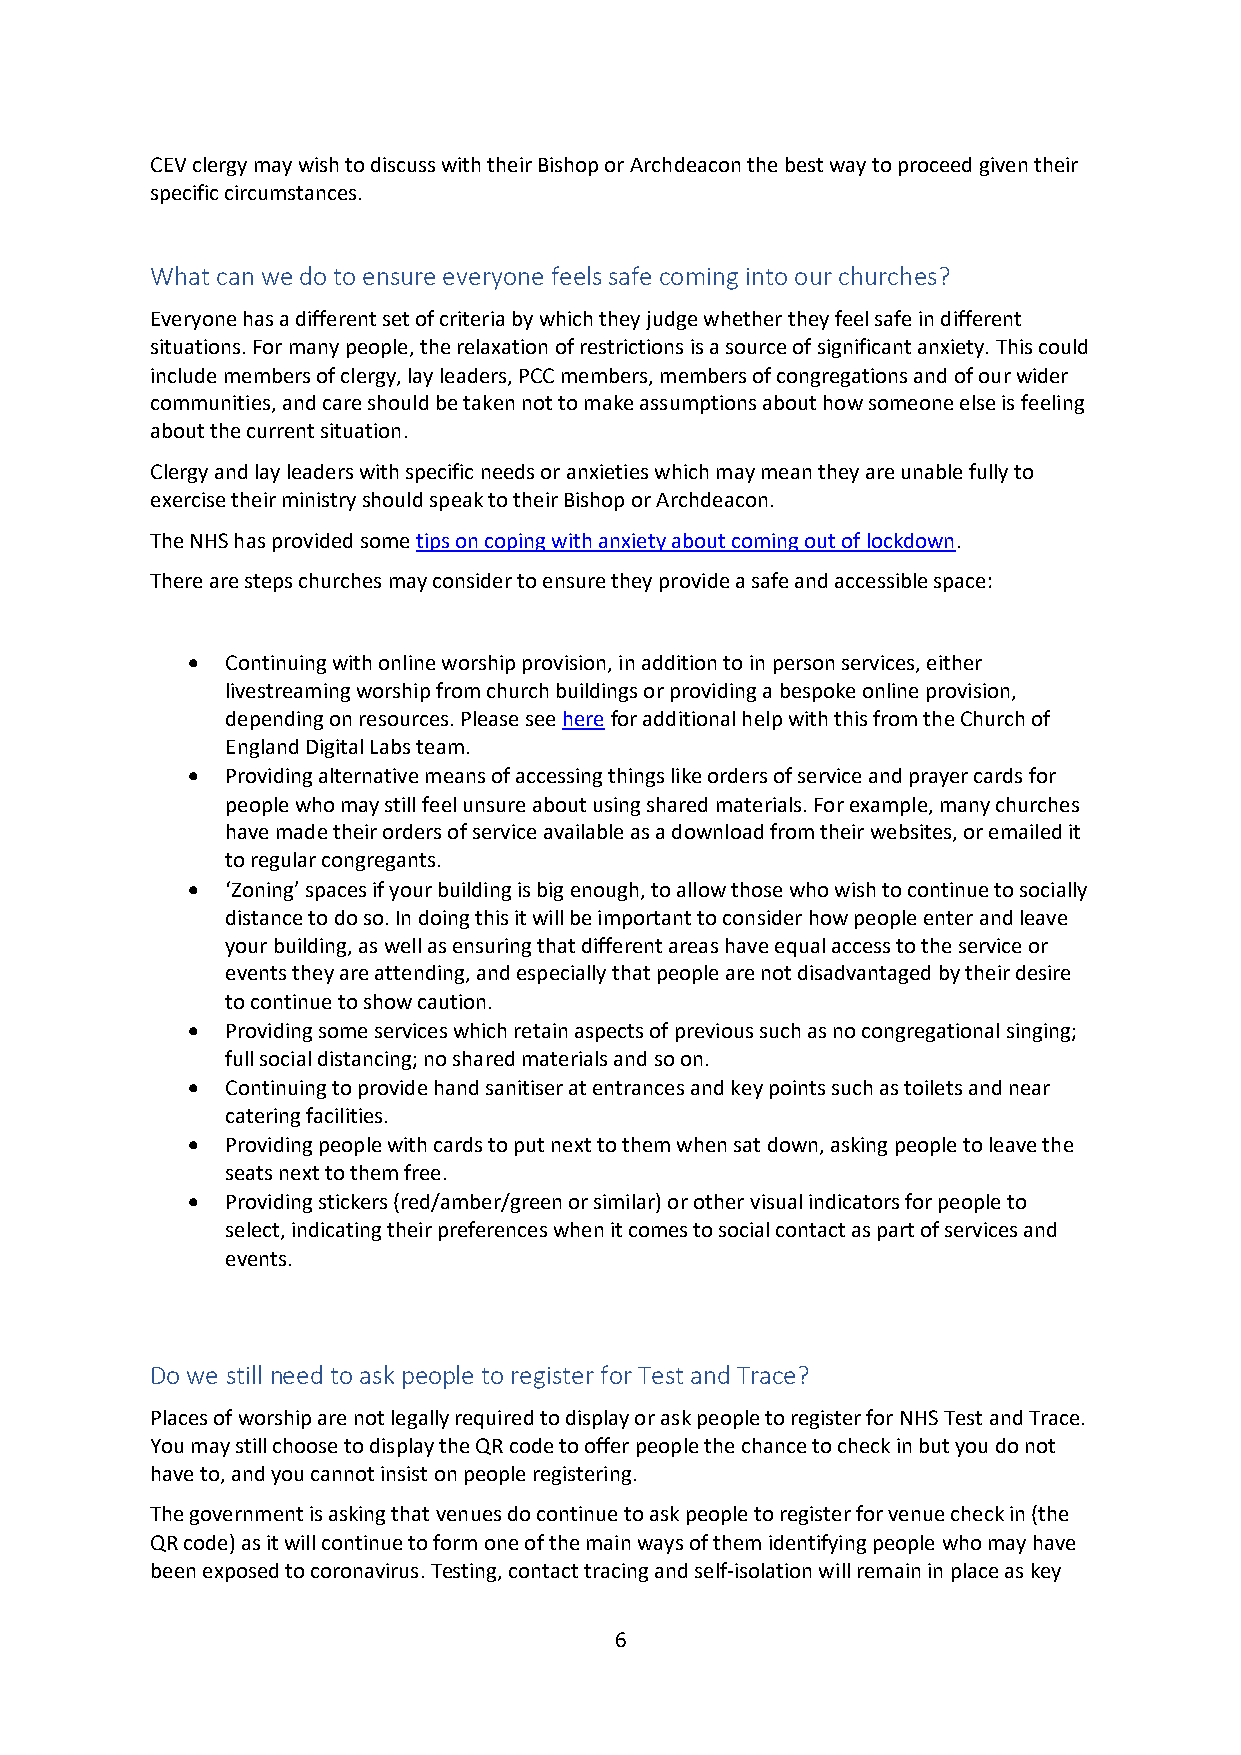
CEV clergy may wish to discuss with their Bishop or Archdeacon the best way to proceed given their
 specific circumstances.
 What can we do to ensure everyone feels safe coming into our churches?
 Everyone has a different set of criteria by which they judge whether they feel safe in different
 situations. For many people, the relaxation of restrictions is a source of significant anxiety. This could
 include members of clergy, lay leaders, PCC members, members of congregations and of our wider
 communities, and care should be taken not to make assumptions about how someone else is feeling
 about the current situation.
 Clergy and lay leaders with specific needs or anxieties which may mean they are unable fully to
 exercise their ministry should speak to their Bishop or Archdeacon.
 The NHS has provided some tips on coping with anxiety about coming out of lockdown.
 There are steps churches may consider to ensure they provide a safe and accessible space:
 •  Continuing with online worship provision, in addition to in person services, either
 livestreaming worship from church buildings or providing a bespoke online provision,
 depending on resources. Please see here for additional help with this from the Church of
 England Digital Labs team.
 •  Providing alternative means of accessing things like orders of service and prayer cards for
 people who may still feel unsure about using shared materials. For example, many churches
 have made their orders of service available as a download from their websites, or emailed it
 to regular congregants.
 •  ‘Zoning’ spaces if your building is big enough, to allow those who wish to continue to socially
 distance to do so. In doing this it will be important to consider how people enter and leave
 your building, as well as ensuring that different areas have equal access to the service or
 events they are attending, and especially that people are not disadvantaged by their desire
 to continue to show caution.
 •  Providing some services which retain aspects of previous such as no congregational singing;
 full social distancing; no shared materials and so on.
 •  Continuing to provide hand sanitiser at entrances and key points such as toilets and near
 catering facilities.
 •  Providing people with cards to put next to them when sat down, asking people to leave the
 seats next to them free.
 •  Providing stickers (red/amber/green or similar) or other visual indicators for people to
 select, indicating their preferences when it comes to social contact as part of services and
 events.
 Do we still need to ask people to register for Test and Trace?
 Places of worship are not legally required to display or ask people to register for NHS Test and Trace.
 You may still choose to display the QR code to offer people the chance to check in but you do not
 have to, and you cannot insist on people registering.
 The government is asking that venues do continue to ask people to register for venue check in (the
 QR code) as it will continue to form one of the main ways of them identifying people who may have
 been exposed to coronavirus. Testing, contact tracing and self-isolation will remain in place as key
 6